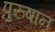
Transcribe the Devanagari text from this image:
पुरुषान